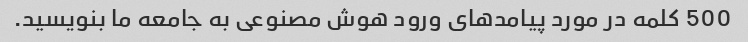
500 کلمه در مورد پیامدهای ورود هوش مصنوعی به جامعه ما بنویسید.